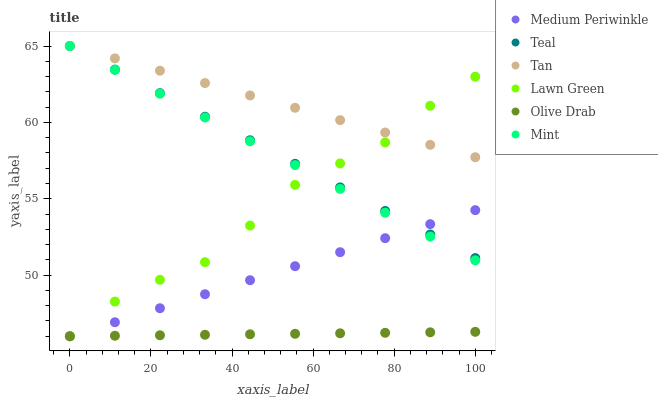
| xaxis_label | Medium Periwinkle | Teal | Tan | Lawn Green | Olive Drab | Mint |
 | --- | --- | --- | --- | --- | --- | --- |
 | 0 | 46 | 65 | 65 | 46 | 46 | 65 |
 | 11.1 | 46.9 | 63.5 | 64.2 | 48.3 | 46 | 63.4 |
 | 22.2 | 47.8 | 61.9 | 63.4 | 49.7 | 46.1 | 61.9 |
 | 33.3 | 48.8 | 60.4 | 62.6 | 50.9 | 46.1 | 60.3 |
 | 44.4 | 49.7 | 58.8 | 61.8 | 53.2 | 46.1 | 58.8 |
 | 55.6 | 50.6 | 57.3 | 61 | 55.9 | 46.2 | 57.2 |
 | 66.7 | 51.5 | 55.7 | 60.1 | 57.3 | 46.2 | 55.6 |
 | 77.8 | 52.4 | 54.2 | 59.3 | 58.7 | 46.2 | 54.1 |
 | 88.9 | 53.3 | 52.7 | 58.5 | 61.1 | 46.3 | 52.5 |
 | 100 | 54.3 | 51.1 | 57.7 | 63 | 46.3 | 51 |